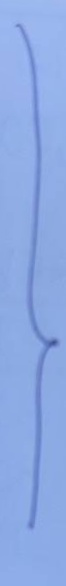
}